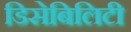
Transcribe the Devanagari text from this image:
डिसेबिलिटी